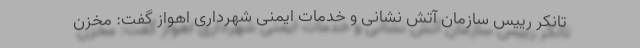
تانکر رییس سازمان آتش نشانی و خدمات ایمنی شهرداری اهواز گفت: مخزن